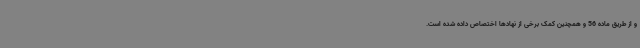
و از طریق ماده 56 و همچنین کمک برخی از نهادها اختصاص داده شده است.